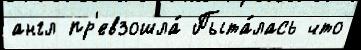
англ пр'евзошла́ Пыта́лась что